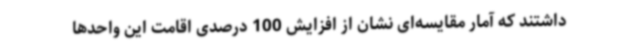
داشتند که آمار مقایسه‌ای نشان از افزایش 100 درصدی اقامت این واحدها